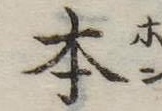
本